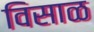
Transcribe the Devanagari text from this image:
विसाळ